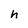
Character: h